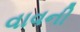
વાવની